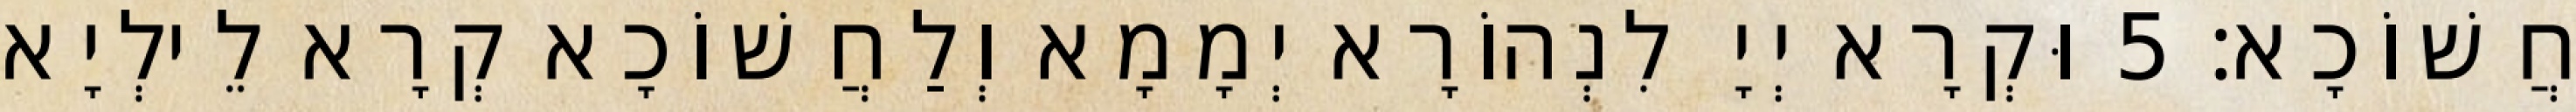
חֲשׁוֹכָא׃ 5 וּקְרָא יְיָ לִנְהוֹרָא יְמָמָא וְלַחֲשׁוֹכָא קְרָא לֵילְיָא